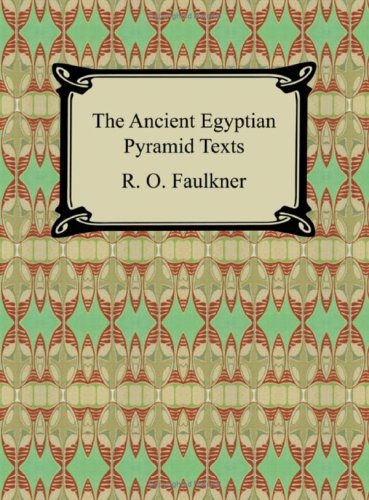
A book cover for The Ancient Egyptian Pyramid Texts; R. O. Faulkner; History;